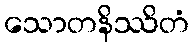
သောတနိဿိတံ